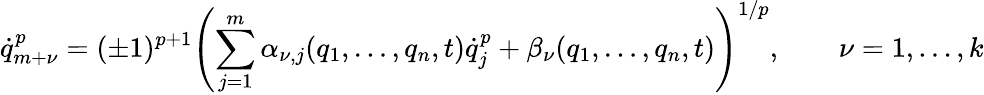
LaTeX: {\dot{q}}_{m+\nu}^{p}=(\pm 1)^{p+1}\left(\sum_{j=1}^{m}\alpha_{\nu,j}(q_{1},\dots,q_{n},t){\dot{q}}_{j}^{p}+\beta_{\nu}(q_{1},\dots,q_{n},t)\right)^{1/p},\qquad\nu=1,\dots,k